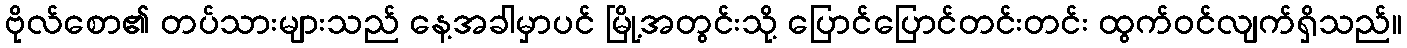
ဗိုလ်စော၏ တပ်သားများသည် နေ့အခါမှာပင် မြို့အတွင်းသို့ ပြောင်ပြောင်တင်းတင်း ထွက်ဝင်လျက်ရှိသည်။